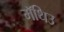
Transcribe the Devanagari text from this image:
मॅथिउ